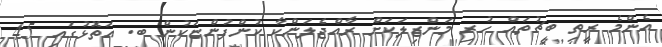
އެންމެ ރީތި ބީޗުތައް ހުރި މަންޒިލަކަށް ރާއްޖެލަންކާ ކުންފުންޏަކުން ބ. އަތޮޅުގައި 45